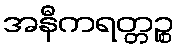
အနီကရတ္တဉ္စ